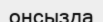
онсызда